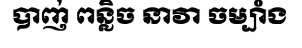
បាញ់ ពន្លិច នាវា ចម្បាំង